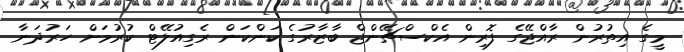
މީގެ އިތުރުން ރާއްޖޭގެ ފޮރިން އެކްސްޗޭންޖް ބާޒާރުގެ ކަންކަން ރެގިއުލޭޓް ކުރުމަށް ހަރުދަނާ